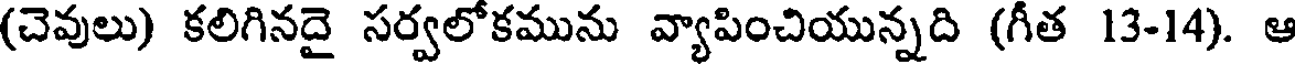
(చెవులు) కలిగినదై సర్వలోకమును వ్యాపించియున్నది (గీత 13-14). ఆ